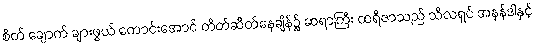
စိတ် ချောက် ချားဖွယ် ကောင်းအောင် တိတ်ဆိတ်နေချိန်၌ ဆရာကြီး ထရီဇာသည် သီလရှင် အနန်ဒါနှင့်